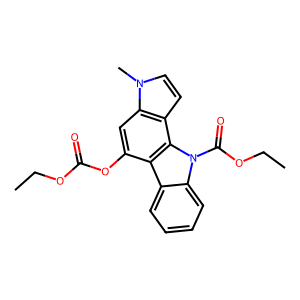
SMILES: CCOC(=O)Oc1cc2c(ccn2C)c2c1c1ccccc1n2C(=O)OCC
Inhibits HIV replication: Yes